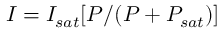
I = I _ { s a t } [ P / ( P + P _ { s a t } ) ]